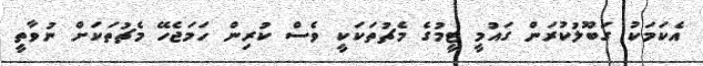
އެކަމަކު ގަބޫލުކުރަން ގައުމީ ޓީމުގެ މެޗުތަކަކީ ވެސް ކުރިން ހަމަޖެހޭ މެޗުތަކަށް ނުވާތީ